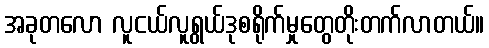
အခုတလော လူငယ်လူရွယ်ဒုစရိုက်မှုတွေတိုးတက်လာတယ်။